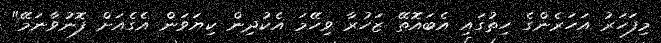
މިފަހަރު އަހަރެންގެ ހިތުގައި އެބައޮތޭ ޒަހުރާ ވިހޭމަ އެކުދިން ކިޔަވަން އެގެއަށް ފޮނުވާނަމޭ"